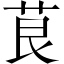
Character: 茛